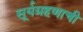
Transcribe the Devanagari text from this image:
सूर्यग्रहणाची